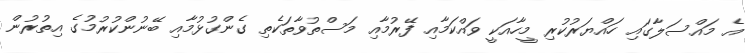
އެ މައްސަލާގައި ހައްޔަރުކުރި މީހާއަކީ ވައްކަމާއި ފޭރުމާއި މަސްތުވާތަކެތި ގެންގުޅުމާއި ބޭނުންކުރުމުގެ އިތުރުން